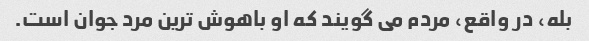
بله، در واقع، مردم می گویند که او باهوش ترین مرد جوان است.